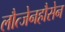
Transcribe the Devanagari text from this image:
लौत्जेनहौसेन